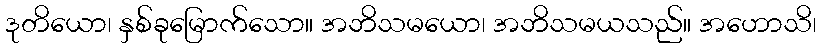
ဒုတိယော၊ နှစ်ခုမြောက်သော။ အဘိသမယော၊ အဘိသမယသည်။ အဟောသိ၊